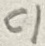
Text: C1